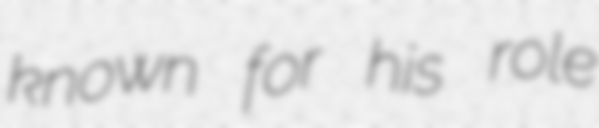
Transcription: known for his role